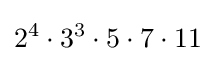
2^{4}\cdot 3^{3}\cdot 5\cdot 7\cdot 11